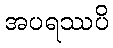
အပရဿပိ